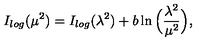
I _ { l o g } ( \mu ^ { 2 } ) = I _ { l o g } ( \lambda ^ { 2 } ) + b \ln \Big ( \frac { \lambda ^ { 2 } } { \mu ^ { 2 } } \Big ) ,